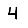
Digit: 4